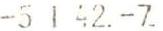
-5 1 42.-7.